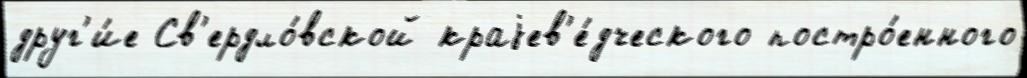
друг'и́е Св'ердло́вской краjев'е́дческого постро́енного